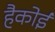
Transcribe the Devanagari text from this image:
हैकोई